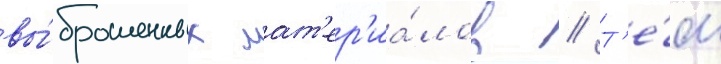
вы́брошенных мат'ер'иа́лов // Т'е́м